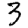
Digit: 3